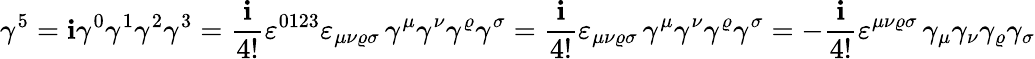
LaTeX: \gamma^{5}=\mathbf{i}\gamma^{0}\gamma^{1}\gamma^{2}\gamma^{3}={\frac{{\mathbf{i}}}{{4!}}}\varepsilon^{0123}\varepsilon_{\mu\nu\varrho\sigma}\, \gamma^{\mu}\gamma^{\nu}\gamma^{\varrho}\gamma^{\sigma}={\frac{{\mathbf{i}}}{{4!}}}\varepsilon_{\mu\nu\varrho\sigma}\, \gamma^{\mu}\gamma^{\nu}\gamma^{\varrho}\gamma^{\sigma}=-{\frac{{\mathbf{i}}}{{4!}}}\varepsilon^{\mu\nu\varrho\sigma}\, \gamma_{\mu}\gamma_{\nu}\gamma_{\varrho}\gamma_{\sigma}